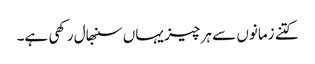
کتنے زمانوں سے ہر چیز یہاں سنبھال رکھی ہے۔